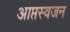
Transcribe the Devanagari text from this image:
आप्तस्वजन